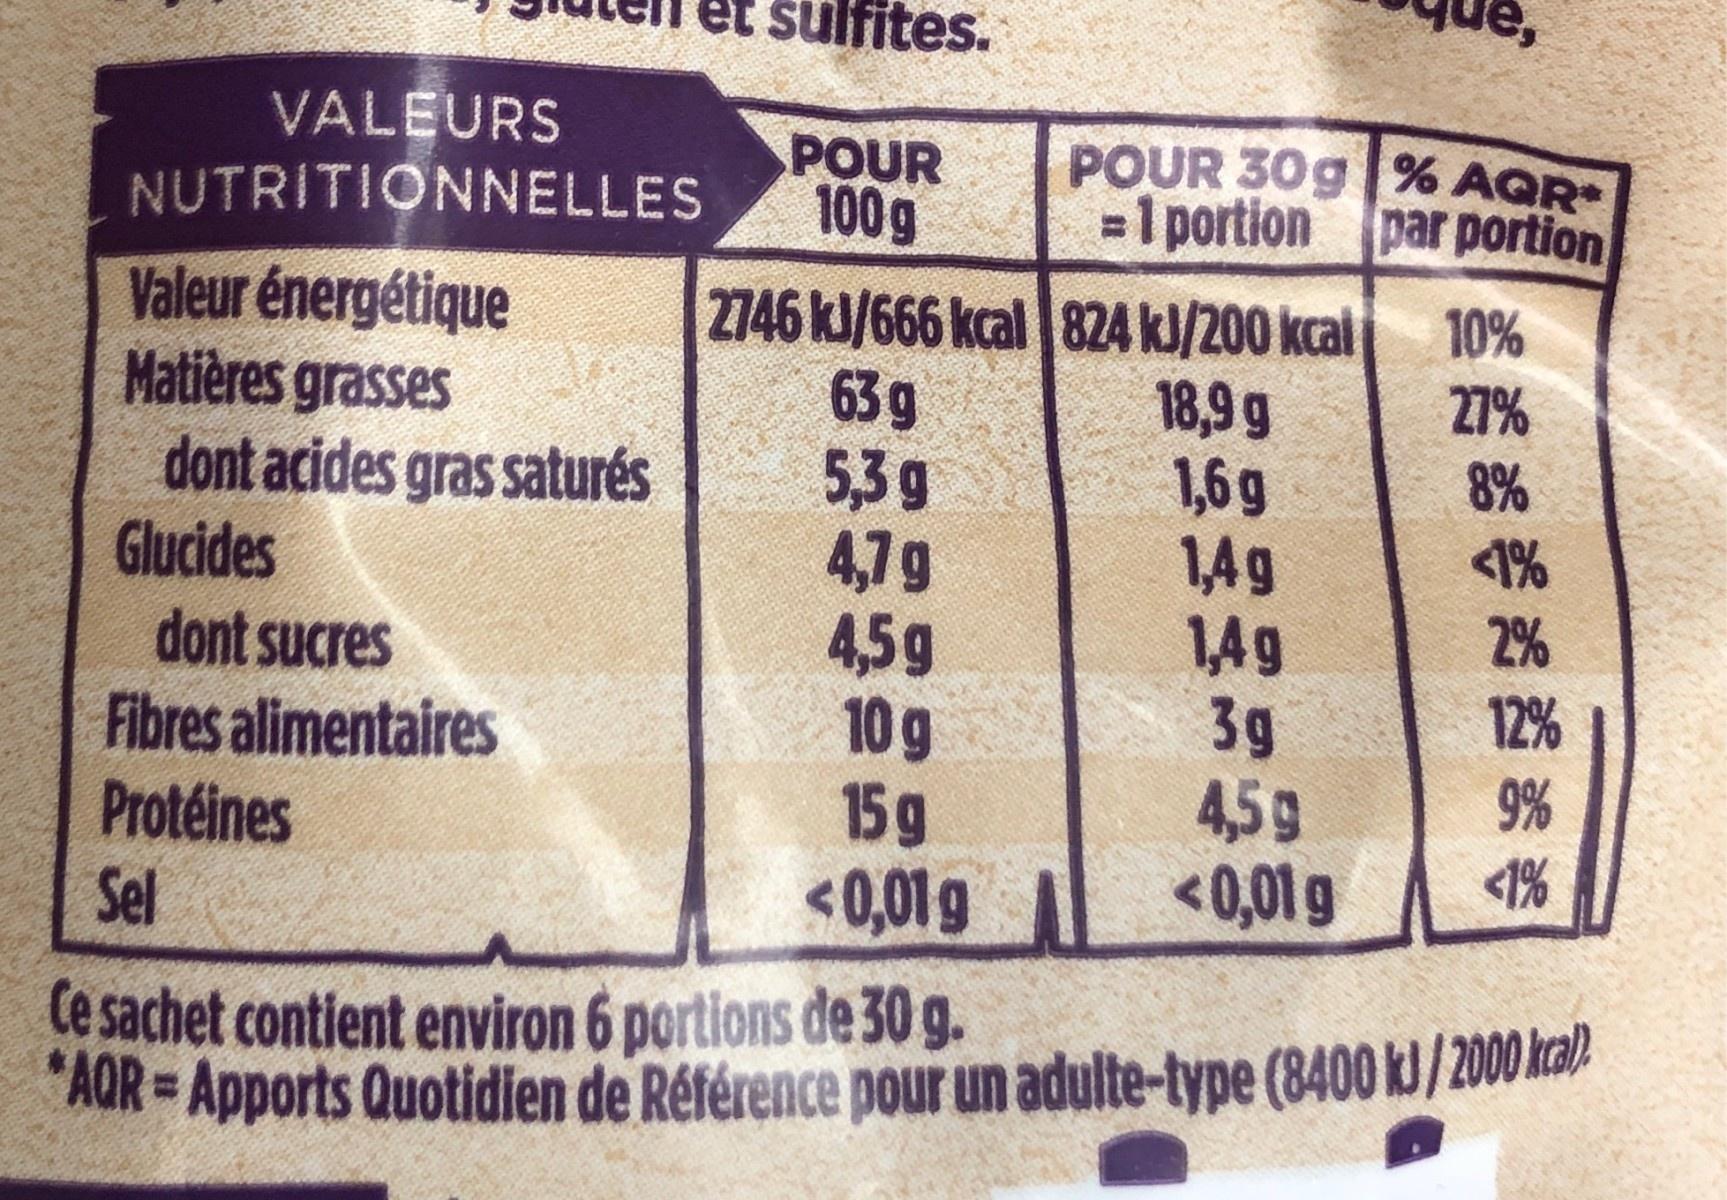
sulfites.
VALEURS NUTRITIONNELLES
POUR 100g
POUR 30g % AQR =1 portion par portion
Valeur énergétique Matières grasses dont acides gras saturés Glucides dont sucres Fibres alimentaires Protéines Sel
2746 kJ/666 kcal 824KJ/200 kcal 18,9 g 1,6g 1,4g 14g 3g 4,59 <0,01 g
10% 27%
63g 5,3g 4,7g 4,5g 10g 15g <0,01g
8%
<1% 2%
12%
9% <1%
Ce sachet contient environ 6 portions de 30 g. "AOR = Apports Quotidien de Référence pour un adulte-type (8400 kJ/2000kal)